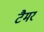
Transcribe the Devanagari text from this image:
टैमर